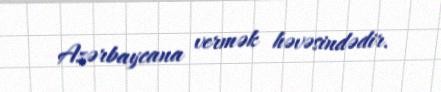
Azərbaycana vermək həvəsindədir.